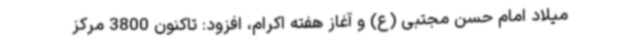
میلاد امام حسن مجتبی (ع) و آغاز هفته اکرام، افزود: تاکنون 3800 مرکز